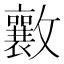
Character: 𭤑